Memorandum on the prevention of leprosy by segregation of the affected
Disease focus: Leprosy
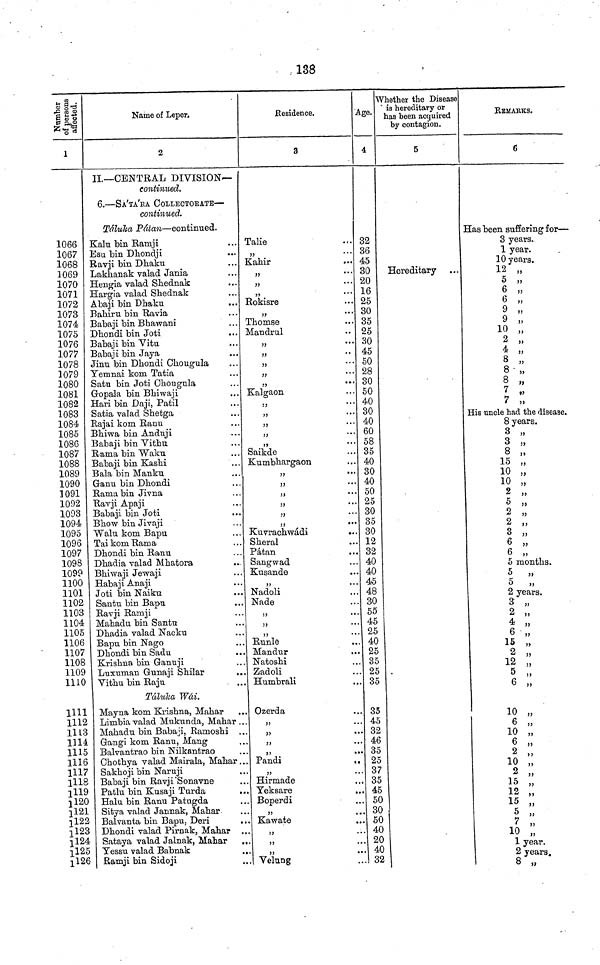
138
Number
of persons
affected.
1
1066
1067
1068
1069
1070
1071
1072
1073
1074
1075
1076
3077
1078
1079
1080
1081
1082
1083
1084
1085
1086
1087
1088
1089
1090
1091
1092
1093
1094
1095
1096
1097
1098
1099
1100
1101
1102
1103
1104
1105
1106
1107
1108
1109
1110
Uli
1112
1113
1314
1115
1116
1117
1118
1119
il20
1.121
!l22
!l23
jl24
!l25
!l26
Name of Leper.
2
II.—CENTRAL DIVISION—
continued.
6.—SA'TA'RA COLLECTORATE—
continued.
Táluka Pátan—continued.
Kalu bin Ramji
Esu bin Dhondji
Ravji bin Dhaku
Lakhanak valad Jania
Hengia valad Shednak
Hargia valad Shednak
Abaji bin Dhaku
Bahiru bin Ravia
Babaji bin Bhawani
Dhondi bin Joti
Babaji bin Vitu
Babaji bin Jaya
Jinu bin Dhondi Chougula
Yemnai kom Tatia
Satu bin Joti Chougula
Gopala bin Bhiwaji
Hari bin Daji, Patil
Satia valad Shetga
Rajai kom Ranu
Bhiwa bin Anduji
Babaji bin Vithu
Rama bin Waku
Babaji bin Kashi
Bala bin Manko.
Ganu bin Dhondi
Rama bin Jivna
Ravji Apaji
Babaji bin Joti
Bhow bin Jivaji
Walu kom Bapu
Tai kom Rama
Dhondi bin Ranu
Dhadia valad Mhatora
Bhiwaji Jewaji
Habaji Anaji
Joti bin Naiku
Santu bin Bapu
Ravji Ramji
Mahadu bin Santu
Dhadia valad Nacku
Bapu bin Nago
Dhondi bin Sadu
,.
Krishna bin Ganuji
Luxuman Gunaji Shilar
Vithu bin Raju
Taluka Wái.
Mayna kom Krishna, Mahar
Limbia valad Mukunda, Mahar ..
Mahadu bin Babaji, Ramoshi
Gangi kom Ranu, Mang
Balvantrao bin Nilkantrao
Chothya valad Mairala, Mahar..
Sakhoji bin Naruji
Babaji bin Ravji Sonavne
Patlu bin Kusaji Turda
..
Halu bin Ranu Patugda
Sitya valad Jannak, Mahar
Balvanta bin Bapu, Deri
,.
Dhondi valad Pirnak, Mahar ,,
Sataya valad Jalnak, Mahar
Yessu valad Babnak
Ramji bin Sidoji
Residence.
3
Talie
,,
Kahir
,,
...
,,
• • •
Rokisre
,,
...'
Thomse
Mandrul
,,
•'•
i)
••
,,
...
,,
...
»
Kalgaon
,,
...
,,
,,
...
,,
...
Saikde
Kumbhargaon
33
,,
...
,,
* * *
,,
••>
33
" *
,,
•"
Kuvrachwádi
Sheral
...
Pátan
Sangwad
Kusande
,,
•••
Nadoli
Nade
,,
•••
,,
***
,,
*.*
Runle
Mandur
Natoshi
Zadoli
Humbrali
Ozerda
,,
••
,,
• •
33
••
33
»•
Pandi
,,
33
..
Hirmade
Yeksare
.,
Boperdi
,,
,»
Kawate
,,
,
,,
,
,,
Velung
Age.
4
32
36
45
30
20
16
25
30
35
25
30
45
50
28
30
50
40
30
40
60
58
35
40
30
40
50
25
30
35
30
12
32
40
40
45
48
30
55
45
25
40
25
35
25
35
35
45
32
46
35
25
37
35
45
50
30
50
40
20
40
32
Whether the Disease
is hereditary or
has been acquired
by contagion.
5
Hereditary
REMARKS.
6
Has been suffering for—
3 years.
1 year.
10 years.
12 „
5 „
6 „
6 „
9 „
9 „
10 „
2 „
4 „
8 „
8 „
8 „
7 „
7 „
His uncle had the disease.
8 years.
3 „
3 „
8 ,,
15 „
10 ,,
10 ,,
2 ,,
,5 ,,
2 „
2 ,,
3 ,,
6 ,,
6 ,,
,,
5 months.
5
5 ,,
2 years.
3 ,,
2 ,,
4 ,,
6 ,,
15 ,,
2
12
5
6 „
10 ,,
6 ,,
10 ,,
6
„
2 ,,
10 ,,
2 ,,
15 ,,
12
,,
15 ,,
15 ,,
5 ,,
7 ,,
10 ,,
1 year
1 year.
2 years.
8 „